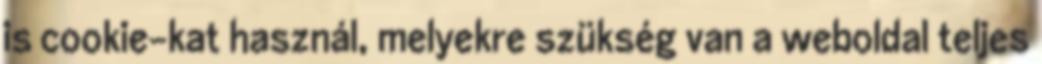
is cookie-kat használ, melyekre szükség van a weboldal teljes